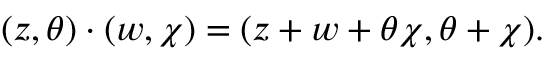
( z , \theta ) \cdot ( w , \chi ) = ( z + w + \theta \chi , \theta + \chi ) .